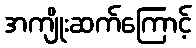
အကျိုးဆက်ကြောင့်